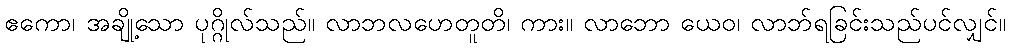
ဧကော၊ အချို့သော ပုဂ္ဂိုလ်သည်။ လာဘလဟေတူတိ၊ ကား။ လာဘော ယေဝ၊ လာဘ်ရခြင်းသည်ပင်လျှင်။